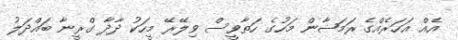
އެއް އަހަރެއްގެ ރަމަޟާން މަހުގެ ހަތާވީސް ވިލޭރޭ މީހަކު ދާދާ ގްރީނާ ބައްދަލު